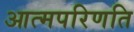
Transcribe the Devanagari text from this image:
आत्मपरिणति